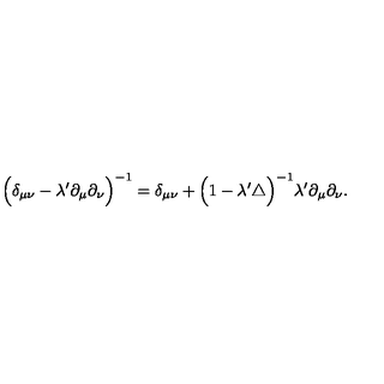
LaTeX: \Big ( \delta _ { \mu \nu } - \lambda ^ { \prime } \partial _ { \mu } \partial _ { \nu } \Big ) ^ { - 1 } = \delta _ { \mu \nu } + \Big ( 1 - \lambda ^ { \prime } \triangle \Big ) ^ { - 1 } \lambda ^ { \prime } \partial _ { \mu } \partial _ { \nu } .